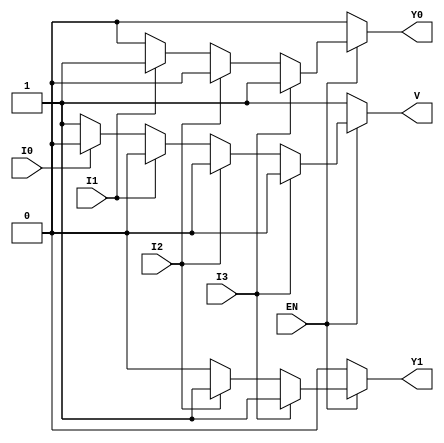
module encoder_4to2 (
    input wire EN,      // Enable input
    input wire I0,     // Input 0
    input wire I1,     // Input 1
    input wire I2,     // Input 2
    input wire I3,     // Input 3
    output reg Y0,     // Output 0
    output reg Y1,     // Output 1
    output reg V       // Invalid output
);

always @(*) begin
    if (!EN) begin
        // If enable is low, set outputs to defined state
        Y0 = 0;
        Y1 = 0;
        V = 1; // Invalid state
    end else begin
        // If enable is high, determine the outputs based on inputs
        if (I3) begin
            Y0 = 1;
            Y1 = 1;
            V = 0; // Valid output
        end else if (I2) begin
            Y0 = 0;
            Y1 = 1;
            V = 0; // Valid output
        end else if (I1) begin
            Y0 = 1;
            Y1 = 0;
            V = 0; // Valid output
        end else if (I0) begin
            Y0 = 0;
            Y1 = 0;
            V = 0; // Valid output
        end else begin
            // If no inputs are high
            Y0 = 0;
            Y1 = 0;
            V = 1; // Invalid state
        end
    end
end

endmodule